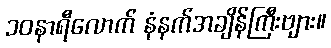
၁၀နာရီလောက် နံနက်အချိန်ကြီးဗျား။